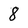
Character: 8